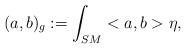
LaTeX: \begin{align*}(a,b)_g:=\int_{SM}<a,b>\eta,\end{align*}